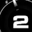
Digit: 2